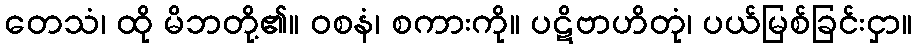
တေသံ၊ ထို မိဘတို့၏။ ဝစနံ၊ စကားကို။ ပဋိဗာဟိတုံ၊ ပယ်မြစ်ခြင်းငှာ။